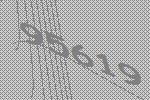
95619